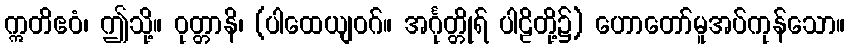
ဣတိဧဝံ၊ ဤသို့။ ဝုတ္တာနိ၊ (ပါထေယျဝဂ်။ အင်္ဂုတ္တိုရ် ပါဠိတို့၌) ဟောတော်မူအပ်ကုန်သော။